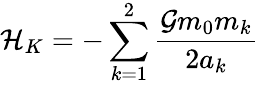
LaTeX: \mathcal{H}_{K}=-\sum_{k=1}^{2}\frac{\mathcal{G}m_{0}m_{k}}{2a_{k}}